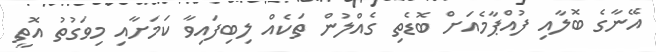
އޭނާގެ ބޮލާއި ފުއްޕާމެއަށް ބޮޑެތި ގެއްލުން ތަކެއް ލިބިފައިވާ ކަމަށާއި މިވަގުތު އޮތީ